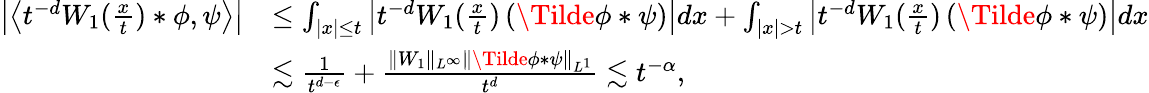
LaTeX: \begin{array}{rl}{\left|\left<t^{-d}W_{1}(\frac{x}{t})\ast\phi,\psi\right>\right|}&{\leq\int_{|x|\leq t}\left|t^{-d}W_{1}(\frac{x}{t})\left(\Tilde{\phi}\ast\psi\right)\right|dx+\int_{|x|>t}\left|t^{-d}W_{1}(\frac{x}{t})\left(\Tilde{\phi}\ast\psi\right)\right|dx}\\ &{\lesssim\frac{1}{t^{d-\epsilon}}+\frac{\| W_{1}\| _{L^{\infty}}\| \Tilde{\phi}\ast\psi\| _{L^{1}}}{t^{d}}\lesssim t^{-\alpha},}\end{array}